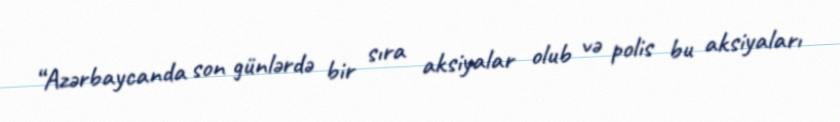
“Azərbaycanda son günlərdə bir sıra aksiyalar olub və polis bu aksiyaları